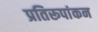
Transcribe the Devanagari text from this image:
प्रतिरूपांकन